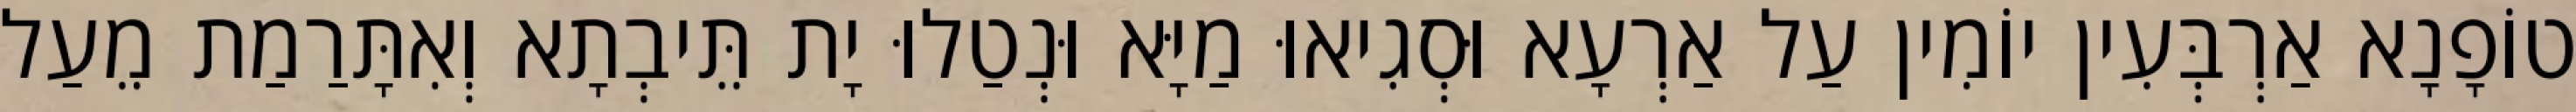
טוֹפָנָא אַרְבְּעִין יוֹמִין עַל אַרְעָא וּסְגִיאוּ מַיָּא וּנְטַלוּ יָת תֵּיבְתָא וְאִתָּרַמַת מֵעַל